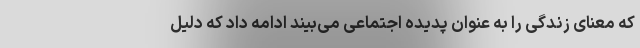
که معنای زندگی را به عنوان پدیده اجتماعی می‌بیند ادامه داد که دلیل